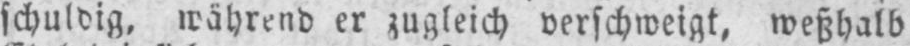
schuldig, während er zugleich verschweigt, weßhalb